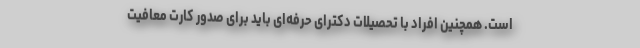
است. همچنین افراد با تحصیلات دکترای حرفه‌ای باید برای صدور کارت معافیت